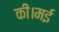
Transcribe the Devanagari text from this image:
कीं।मई